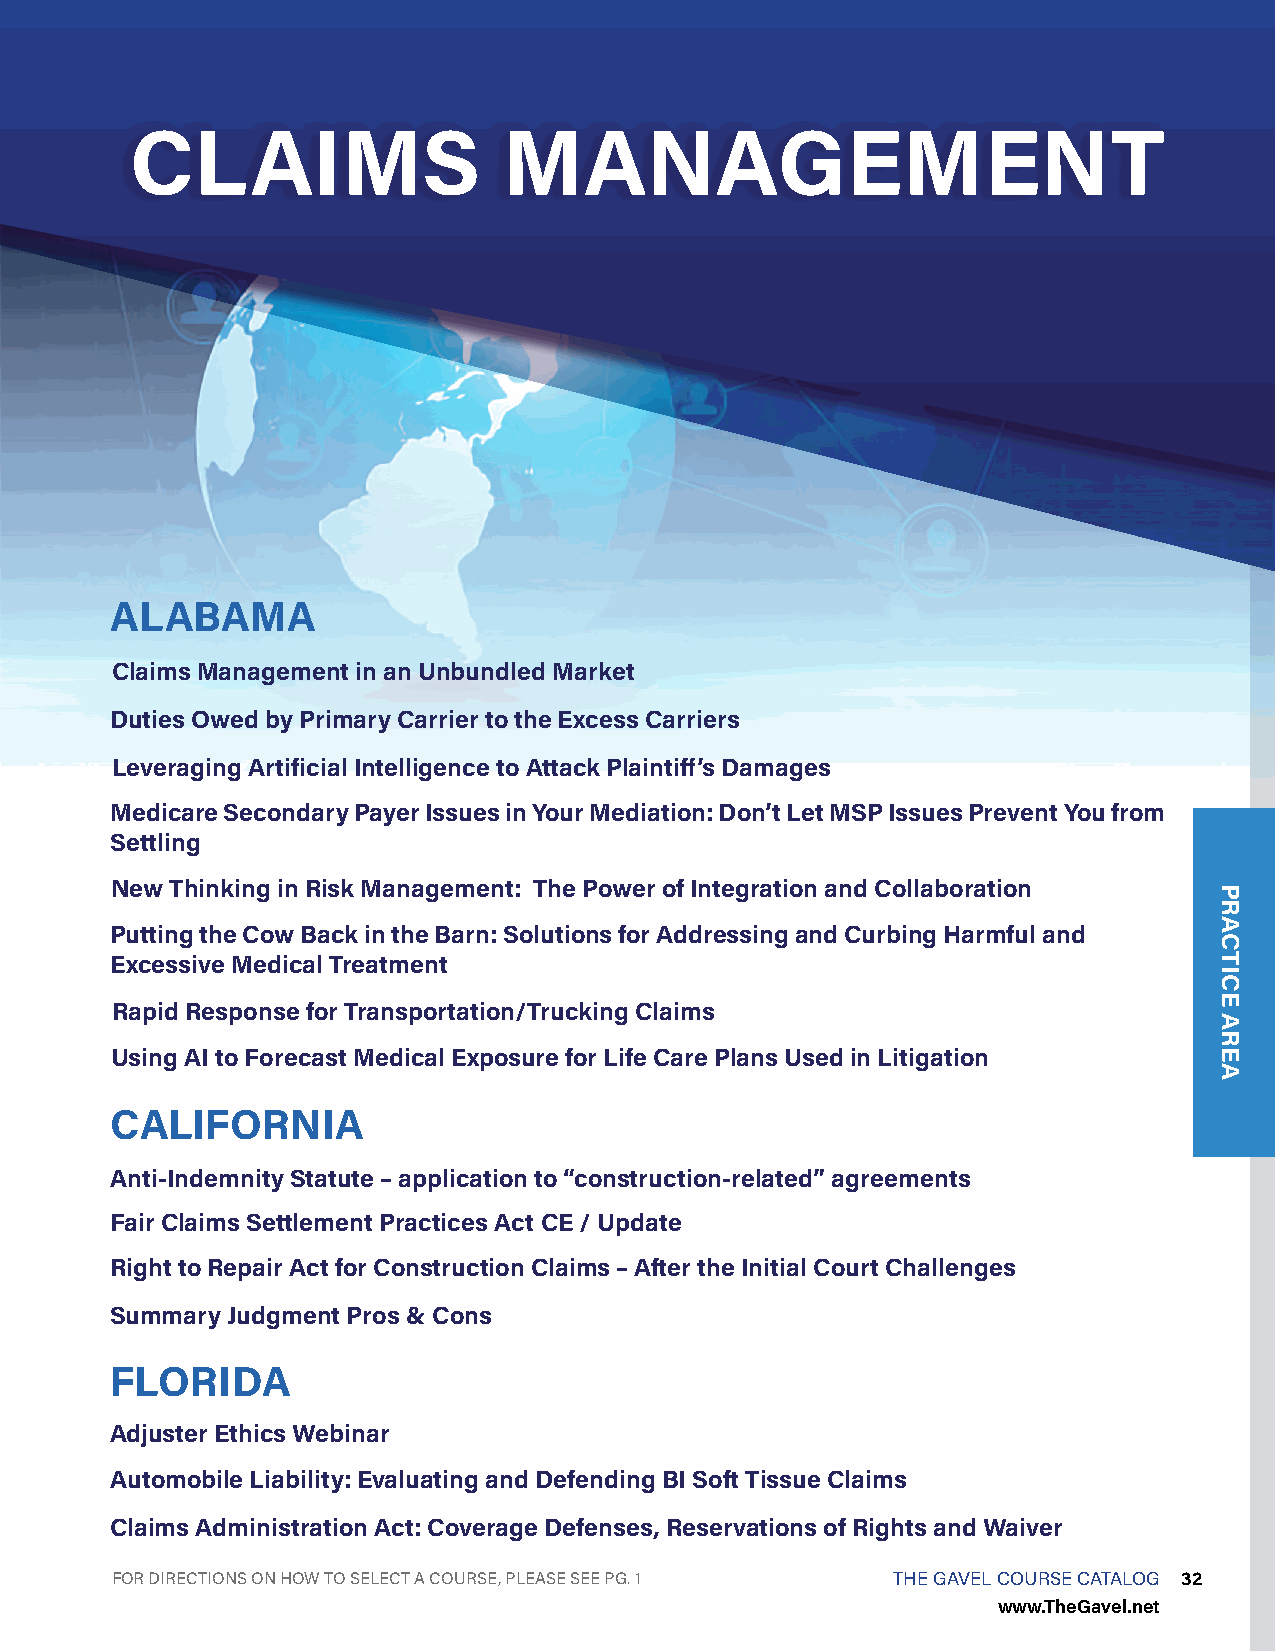
CLAIMS                  MANAGEMENT
 ALABAMA
 Claims Management in an Unbundled Market
 Duties Owed by Primary Carrier to the Excess Carriers
 Leveraging Artificial Intelligence to Attack Plaintiff’s Damages
 Medicare Secondary Payer Issues in Your Mediation: Don’t Let MSP Issues Prevent You from
 Settling
 New Thinking in Risk Management: The Power of Integration and Collaboration
 Putting the Cow Back in the Barn: Solutions for Addressing and Curbing Harmful and
 Excessive Medical Treatment
 Rapid Response for Transportation/Trucking Claims
 Using AI to Forecast Medical Exposure for Life Care Plans Used in Litigation
 CALIFORNIA
 Anti-Indemnity Statute – application to “construction-related” agreements
 Fair Claims Settlement Practices Act CE / Update
 Right to Repair Act for Construction Claims – After the Initial Court Challenges
 Summary Judgment Pros & Cons
 FLORIDA
 Adjuster Ethics Webinar
 Automobile Liability: Evaluating and Defending BI Soft Tissue Claims
 Claims Administration Act: Coverage Defenses, Reservations of Rights and Waiver
 FOR DIRECTIONS ON HOW TO SELECT A COURSE, PLEASE SEE PG. 1 THE GAVEL COURSE CATALOG 32
 www.TheGavel.net
 PRACTICE
 AREA